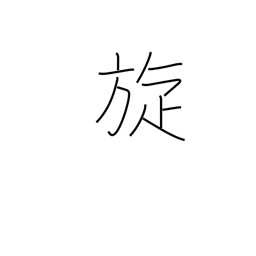
Meaning: rotation